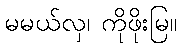
မမယ်လှ၊ ကိုဖိုးမြ။